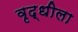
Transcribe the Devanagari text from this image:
वृद्धीला